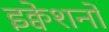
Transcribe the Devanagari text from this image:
इक्वेशनों